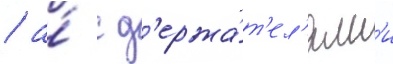
/ а́ с д'ержа́т'ел'ям'и